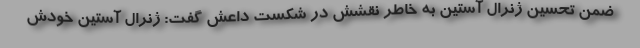
ضمن تحسین ژنرال آستین به خاطر نقشش در شکست داعش گفت: ژنرال آستین خودش